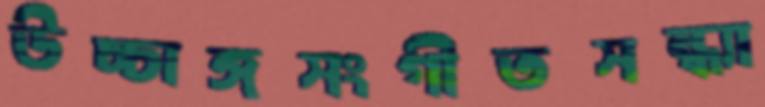
উচ্চাঙ্গসংগীতসন্ধ্যা